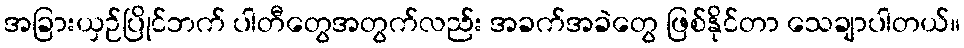
အခြားယှဉ်ပြိုင်ဘက် ပါတီတွေအတွက်လည်း အခက်အခဲတွေ ဖြစ်နိုင်တာ သေချာပါတယ်။